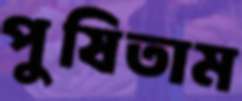
পুষিতাম